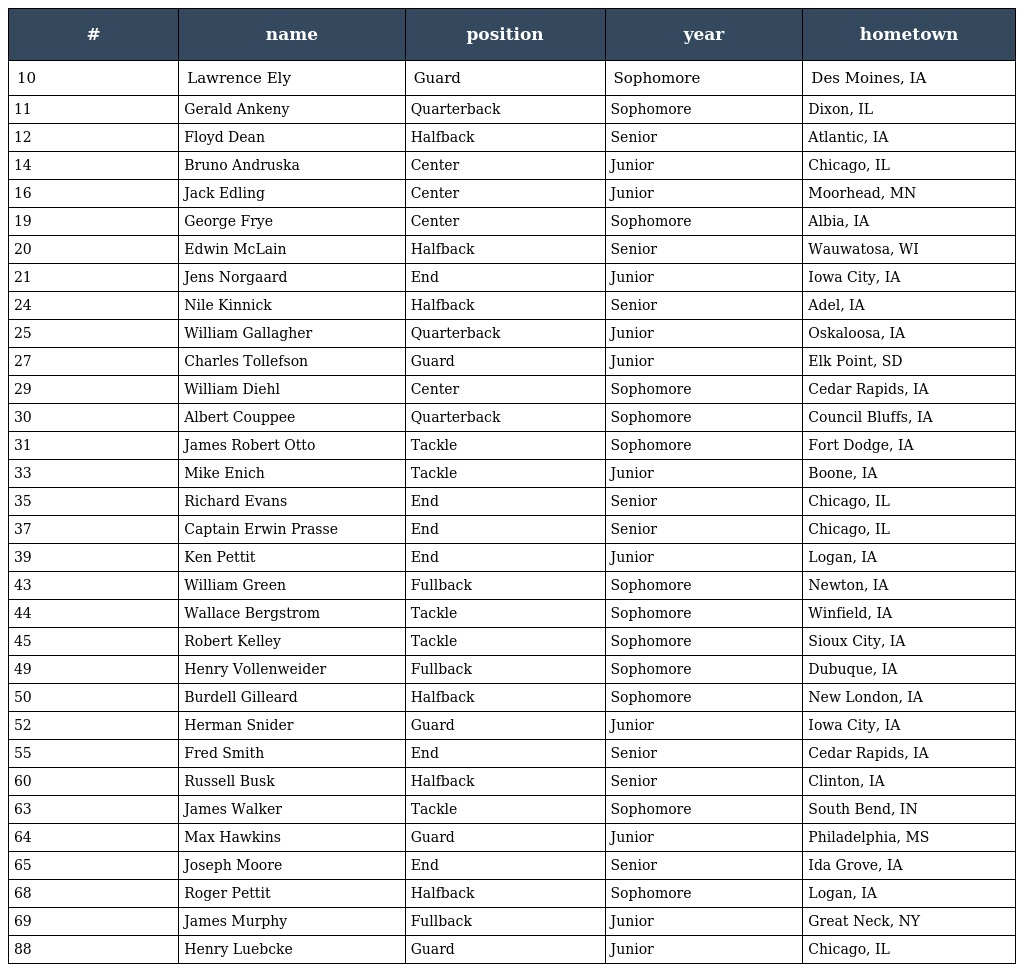
| # | name | position | year | hometown |
 | --- | --- | --- | --- | --- |
 | 10 | Lawrence Ely | Guard | Sophomore | Des Moines, IA |
 | 11 | Gerald Ankeny | Quarterback | Sophomore | Dixon, IL |
 | 12 | Floyd Dean | Halfback | Senior | Atlantic, IA |
 | 14 | Bruno Andruska | Center | Junior | Chicago, IL |
 | 16 | Jack Edling | Center | Junior | Moorhead, MN |
 | 19 | George Frye | Center | Sophomore | Albia, IA |
 | 20 | Edwin McLain | Halfback | Senior | Wauwatosa, WI |
 | 21 | Jens Norgaard | End | Junior | Iowa City, IA |
 | 24 | Nile Kinnick | Halfback | Senior | Adel, IA |
 | 25 | William Gallagher | Quarterback | Junior | Oskaloosa, IA |
 | 27 | Charles Tollefson | Guard | Junior | Elk Point, SD |
 | 29 | William Diehl | Center | Sophomore | Cedar Rapids, IA |
 | 30 | Albert Couppee | Quarterback | Sophomore | Council Bluffs, IA |
 | 31 | James Robert Otto | Tackle | Sophomore | Fort Dodge, IA |
 | 33 | Mike Enich | Tackle | Junior | Boone, IA |
 | 35 | Richard Evans | End | Senior | Chicago, IL |
 | 37 | Captain Erwin Prasse | End | Senior | Chicago, IL |
 | 39 | Ken Pettit | End | Junior | Logan, IA |
 | 43 | William Green | Fullback | Sophomore | Newton, IA |
 | 44 | Wallace Bergstrom | Tackle | Sophomore | Winfield, IA |
 | 45 | Robert Kelley | Tackle | Sophomore | Sioux City, IA |
 | 49 | Henry Vollenweider | Fullback | Sophomore | Dubuque, IA |
 | 50 | Burdell Gilleard | Halfback | Sophomore | New London, IA |
 | 52 | Herman Snider | Guard | Junior | Iowa City, IA |
 | 55 | Fred Smith | End | Senior | Cedar Rapids, IA |
 | 60 | Russell Busk | Halfback | Senior | Clinton, IA |
 | 63 | James Walker | Tackle | Sophomore | South Bend, IN |
 | 64 | Max Hawkins | Guard | Junior | Philadelphia, MS |
 | 65 | Joseph Moore | End | Senior | Ida Grove, IA |
 | 68 | Roger Pettit | Halfback | Sophomore | Logan, IA |
 | 69 | James Murphy | Fullback | Junior | Great Neck, NY |
 | 88 | Henry Luebcke | Guard | Junior | Chicago, IL |